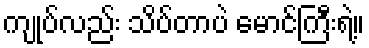
ကျုပ်လည်း သိပ်တာပဲ မောင်ကြီးရဲ့။